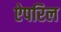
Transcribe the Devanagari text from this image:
ऐपरिल